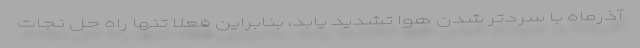
آذرماه با سردتر شدن هوا تشدید یابد، بنابراین فعلا تنها راه حل نجات